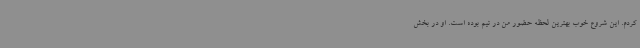
کردم. این شروع خوب بهترین لحظه حضور من در تیم بوده است. او در بخش